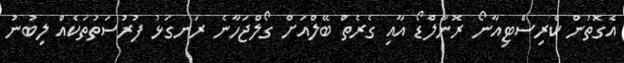
އެގޮތުން ކްރިސްޓިއާނޯ ރޮނާލްޑޯ އާއި ގެރެތް ބޭލްއަށް ގޯލްޖަހާނެ ރަނގަޅު ފުރުސަތުތަކެއް ލިބުނު